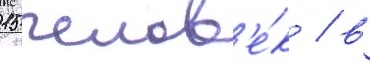
15 челов'е́к / в